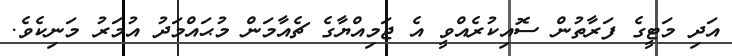
އަދި މަޓީގެ ފަރާތުން ސޮއިކުރެއްވީ އެ ޖަމިއްޔާގެ ޗެއާމަން މުޙައްމަދު އުމަރު މަނިކެވެ.